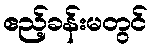
ဧည့်ခန်းမတွင်